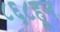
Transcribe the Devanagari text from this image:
८६८हून